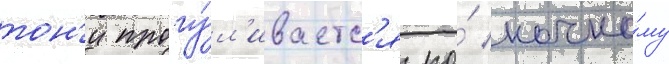
тон'и прогу́л'иваетс'я по́ ночно́му